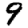
Digit: 9